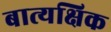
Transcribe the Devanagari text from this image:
बात्यक्षिक